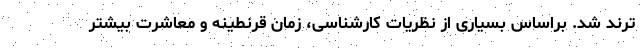
ترند شد. براساس بسیاری از نظریات کارشناسی، زمان قرنطینه و معاشرت بیشتر